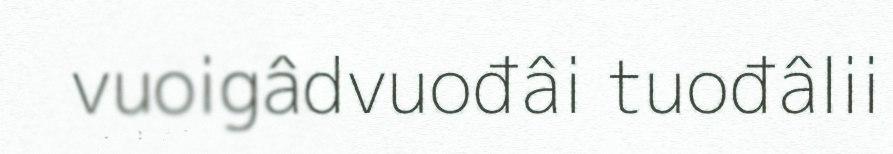
vuoigâdvuođâi tuođâlii